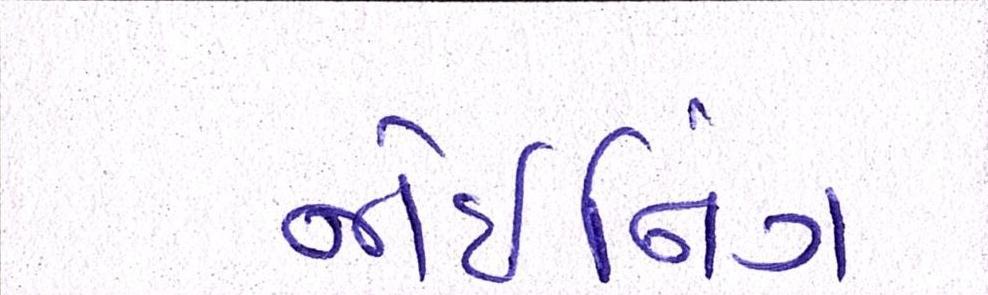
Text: જોઇનિંગ